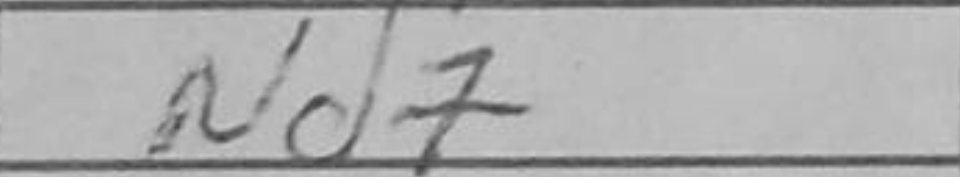
Transcription: Qxe7